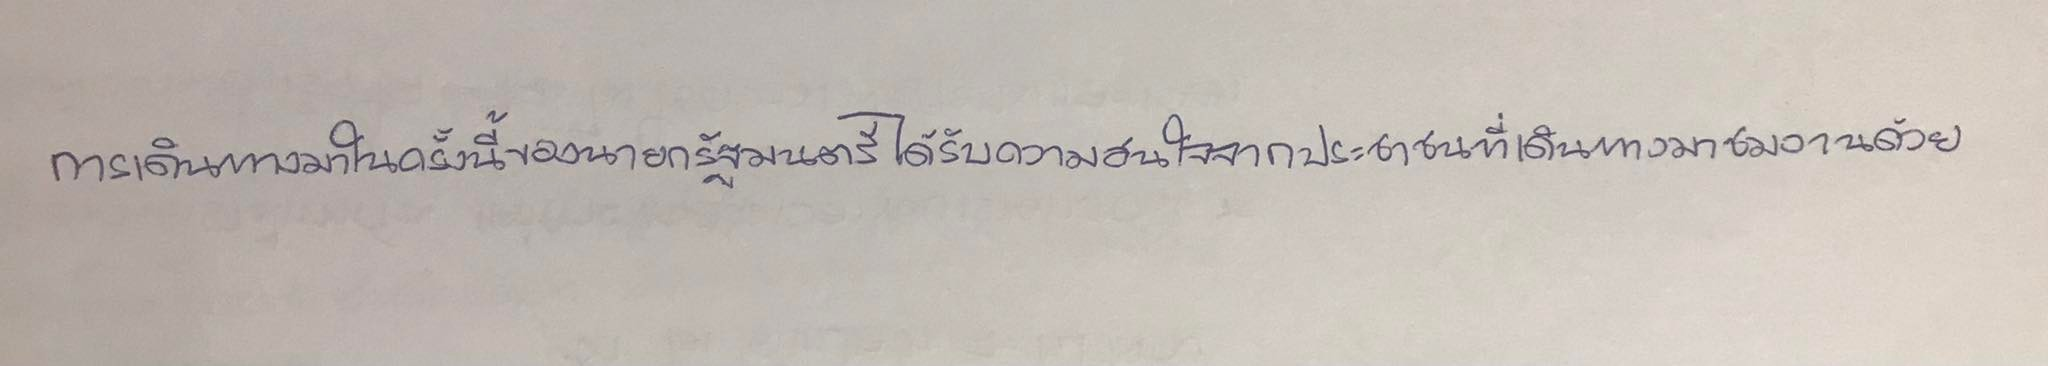
การเดินทางมาในครั้งนี้ของนายกรัฐมนตรีได้รับความสนใจจากประชาชนที่เดินทางมาชมงานด้วย